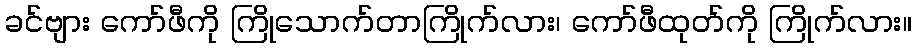
ခင်ဗျား ကော်ဖီကို ကြိုသောက်တာကြိုက်လား၊ ကော်ဖီထုတ်ကို ကြိုက်လား။